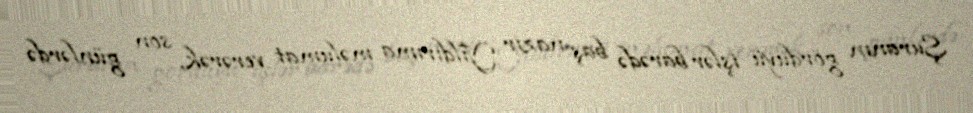
Şuranın gördüyü işlər barədə baş nazir Yıldırıma məlumat verərək, son günlərdə